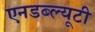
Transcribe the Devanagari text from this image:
एनडब्ल्यूटी